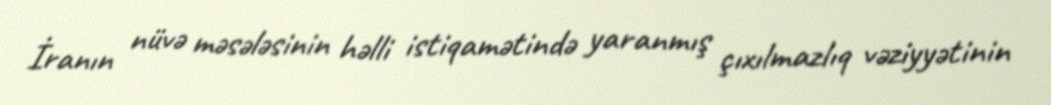
İranın nüvə məsələsinin həlli istiqamətində yaranmış çıxılmazlıq vəziyyətinin